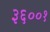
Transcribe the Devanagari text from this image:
३६००१